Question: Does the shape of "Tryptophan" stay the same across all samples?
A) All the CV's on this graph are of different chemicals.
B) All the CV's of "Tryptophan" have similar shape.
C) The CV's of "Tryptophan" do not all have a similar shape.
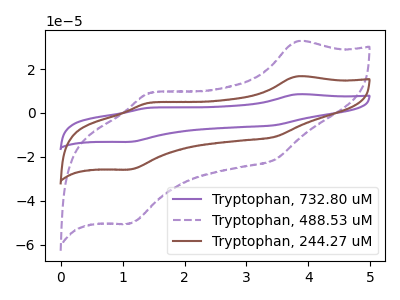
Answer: <think>The purple curve "Tryptophan, 732.80 uM" has anodic peaks at (3.80V, 33.40uA) (1.45V, 9.45uA) and cathodic peaks at (3.45V, -21.75uA) (1.10V, -51.55uA). The purple dashed curve "Tryptophan, 488.53 uM" has anodic peaks at (3.80V, 32.70uA) (1.45V, 9.25uA) and cathodic peaks at (3.45V, -21.30uA) (1.10V, -50.45uA). The brown curve "Tryptophan, 244.27 uM" has anodic peaks at (3.80V, 16.70uA) (1.45V, 4.70uA) and cathodic peaks at (3.45V, -10.90uA) (1.10V, -25.75uA).
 All the peaks in "Tryptophan, 732.80 uM" have a peak in "Tryptophan, 488.53 uM" at the same potential. Every peak in "Tryptophan, 732.80 uM" is higher than every peak in "Tryptophan, 488.53 uM". All the peaks in "Tryptophan, 732.80 uM" have a peak in "Tryptophan, 244.27 uM" at the same potential. Every peak in "Tryptophan, 732.80 uM" is higher than every peak in "Tryptophan, 244.27 uM". All the peaks in "Tryptophan, 488.53 uM" have a peak in "Tryptophan, 244.27 uM" at the same potential. Every peak in "Tryptophan, 488.53 uM" is higher than every peak in "Tryptophan, 244.27 uM".</think>
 <answer>B) All the CV's of "Tryptophan" have similar shape.</answer>
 <eval>B</eval>